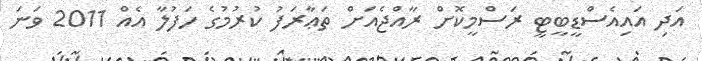
އަދި އައިއެސްޑީބީޓީ ރަސްމީކޮށް ރާއްޖެއަށް ތަޢާރަފު ކުރުމުގެ ހަފުލާ އެއް 2011 ވަނަ